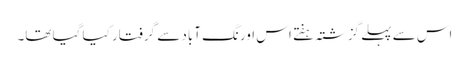
اس سے پہلے گزشتہ ہفتے اس اورنگ آباد سے گرفتار کیا گیا تھا۔